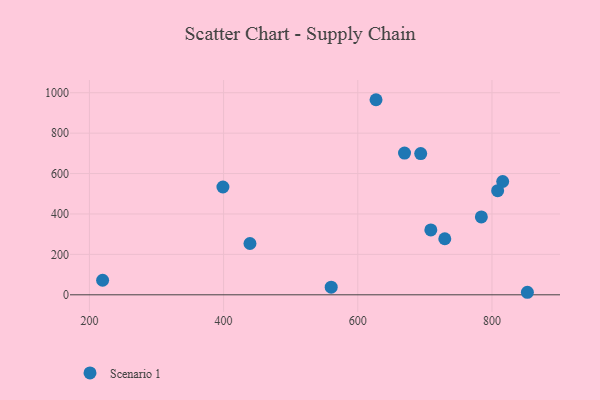
{"axis": {"x": "Distance", "y": "Rating"}, "legend": ["Scenario 1"], "data": [{"x": "439.3", "y": 253.8, "type": "Scenario 1"}, {"x": "693.8", "y": 698.8, "type": "Scenario 1"}, {"x": "219.7", "y": 71.9, "type": "Scenario 1"}, {"x": "816.0", "y": 560.6, "type": "Scenario 1"}, {"x": "729.7", "y": 277.4, "type": "Scenario 1"}, {"x": "808.5", "y": 515.1, "type": "Scenario 1"}, {"x": "852.8", "y": 12.5, "type": "Scenario 1"}, {"x": "784.2", "y": 385.2, "type": "Scenario 1"}, {"x": "708.9", "y": 321.1, "type": "Scenario 1"}, {"x": "627.2", "y": 965.4, "type": "Scenario 1"}, {"x": "669.7", "y": 701.6, "type": "Scenario 1"}, {"x": "399.0", "y": 533.5, "type": "Scenario 1"}, {"x": "560.4", "y": 37.7, "type": "Scenario 1"}]}